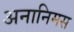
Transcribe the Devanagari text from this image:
अनानिमस